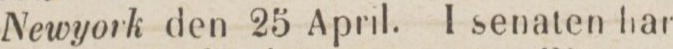
Newyork den 25 April. I senaten har